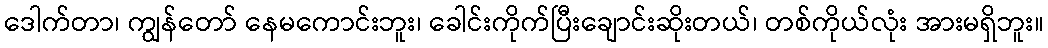
ဒေါက်တာ၊ ကျွန်တော် နေမကောင်းဘူး၊ ခေါင်းကိုက်ပြီးချောင်းဆိုးတယ်၊ တစ်ကိုယ်လုံး အားမရှိဘူး။